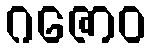
ဂဇောဝ